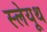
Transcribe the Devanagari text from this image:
स्लेयूथ